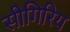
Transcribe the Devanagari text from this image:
सीगिरिय